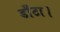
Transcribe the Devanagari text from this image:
डाँटा।